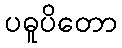
ပဓူပိတော